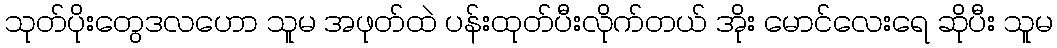
သုတ်ပိုးတွေဒလဟော သူမ အဖုတ်ထဲ ပန်းထုတ်ပီးလိုက်တယ် အိုး မောင်လေးရေ ဆိုပီး သူမ